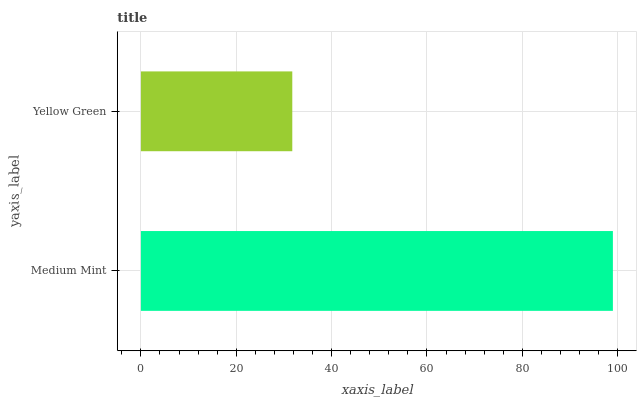
| yaxis_label | bars |
 | --- | --- |
 | Medium Mint | 99 |
 | Yellow Green | 31.8 |